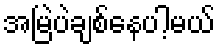
အမြဲပဲချစ်နေပါ့မယ်